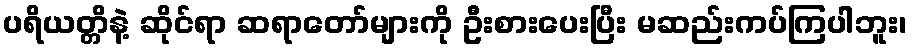
ပရိယတ္တိနဲ့ ဆိုင်ရာ ဆရာတော်များကို ဦးစားပေးပြီး မဆည်းကပ်ကြပါဘူး၊